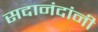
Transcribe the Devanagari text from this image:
सदानंदांनी